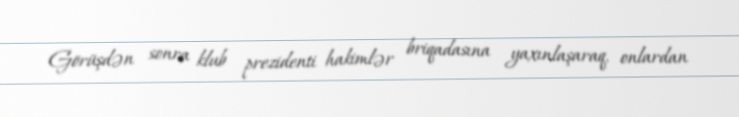
Görüşdən sonra klub prezidenti hakimlər briqadasına yaxınlaşaraq, onlardan